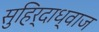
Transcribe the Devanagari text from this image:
सुहिर्दाध्वाज